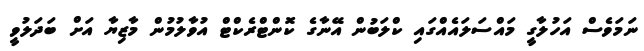
ނަމަވެސް އަހުލާގީ މައްސަލައެއްގައި ކްލަބުން އޭނާގެ ކޮންޓްރެކްޓް އުވާލުމުން މާޒިޔާ އަށް ބަދަލުވީ